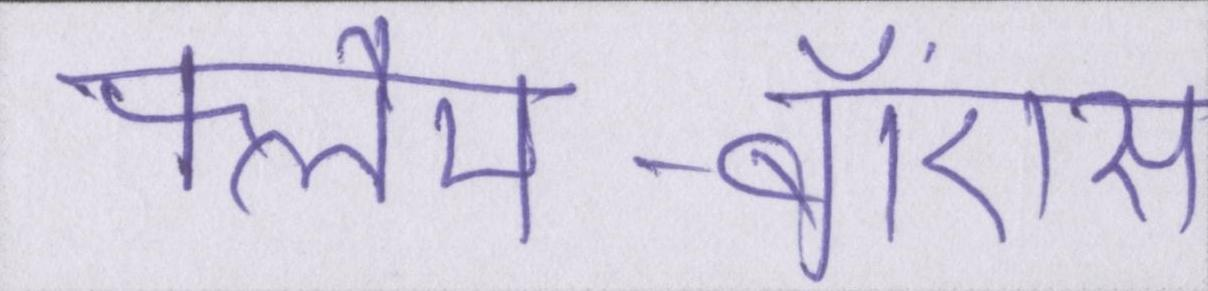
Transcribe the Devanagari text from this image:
फ्लैम-बॉएंस